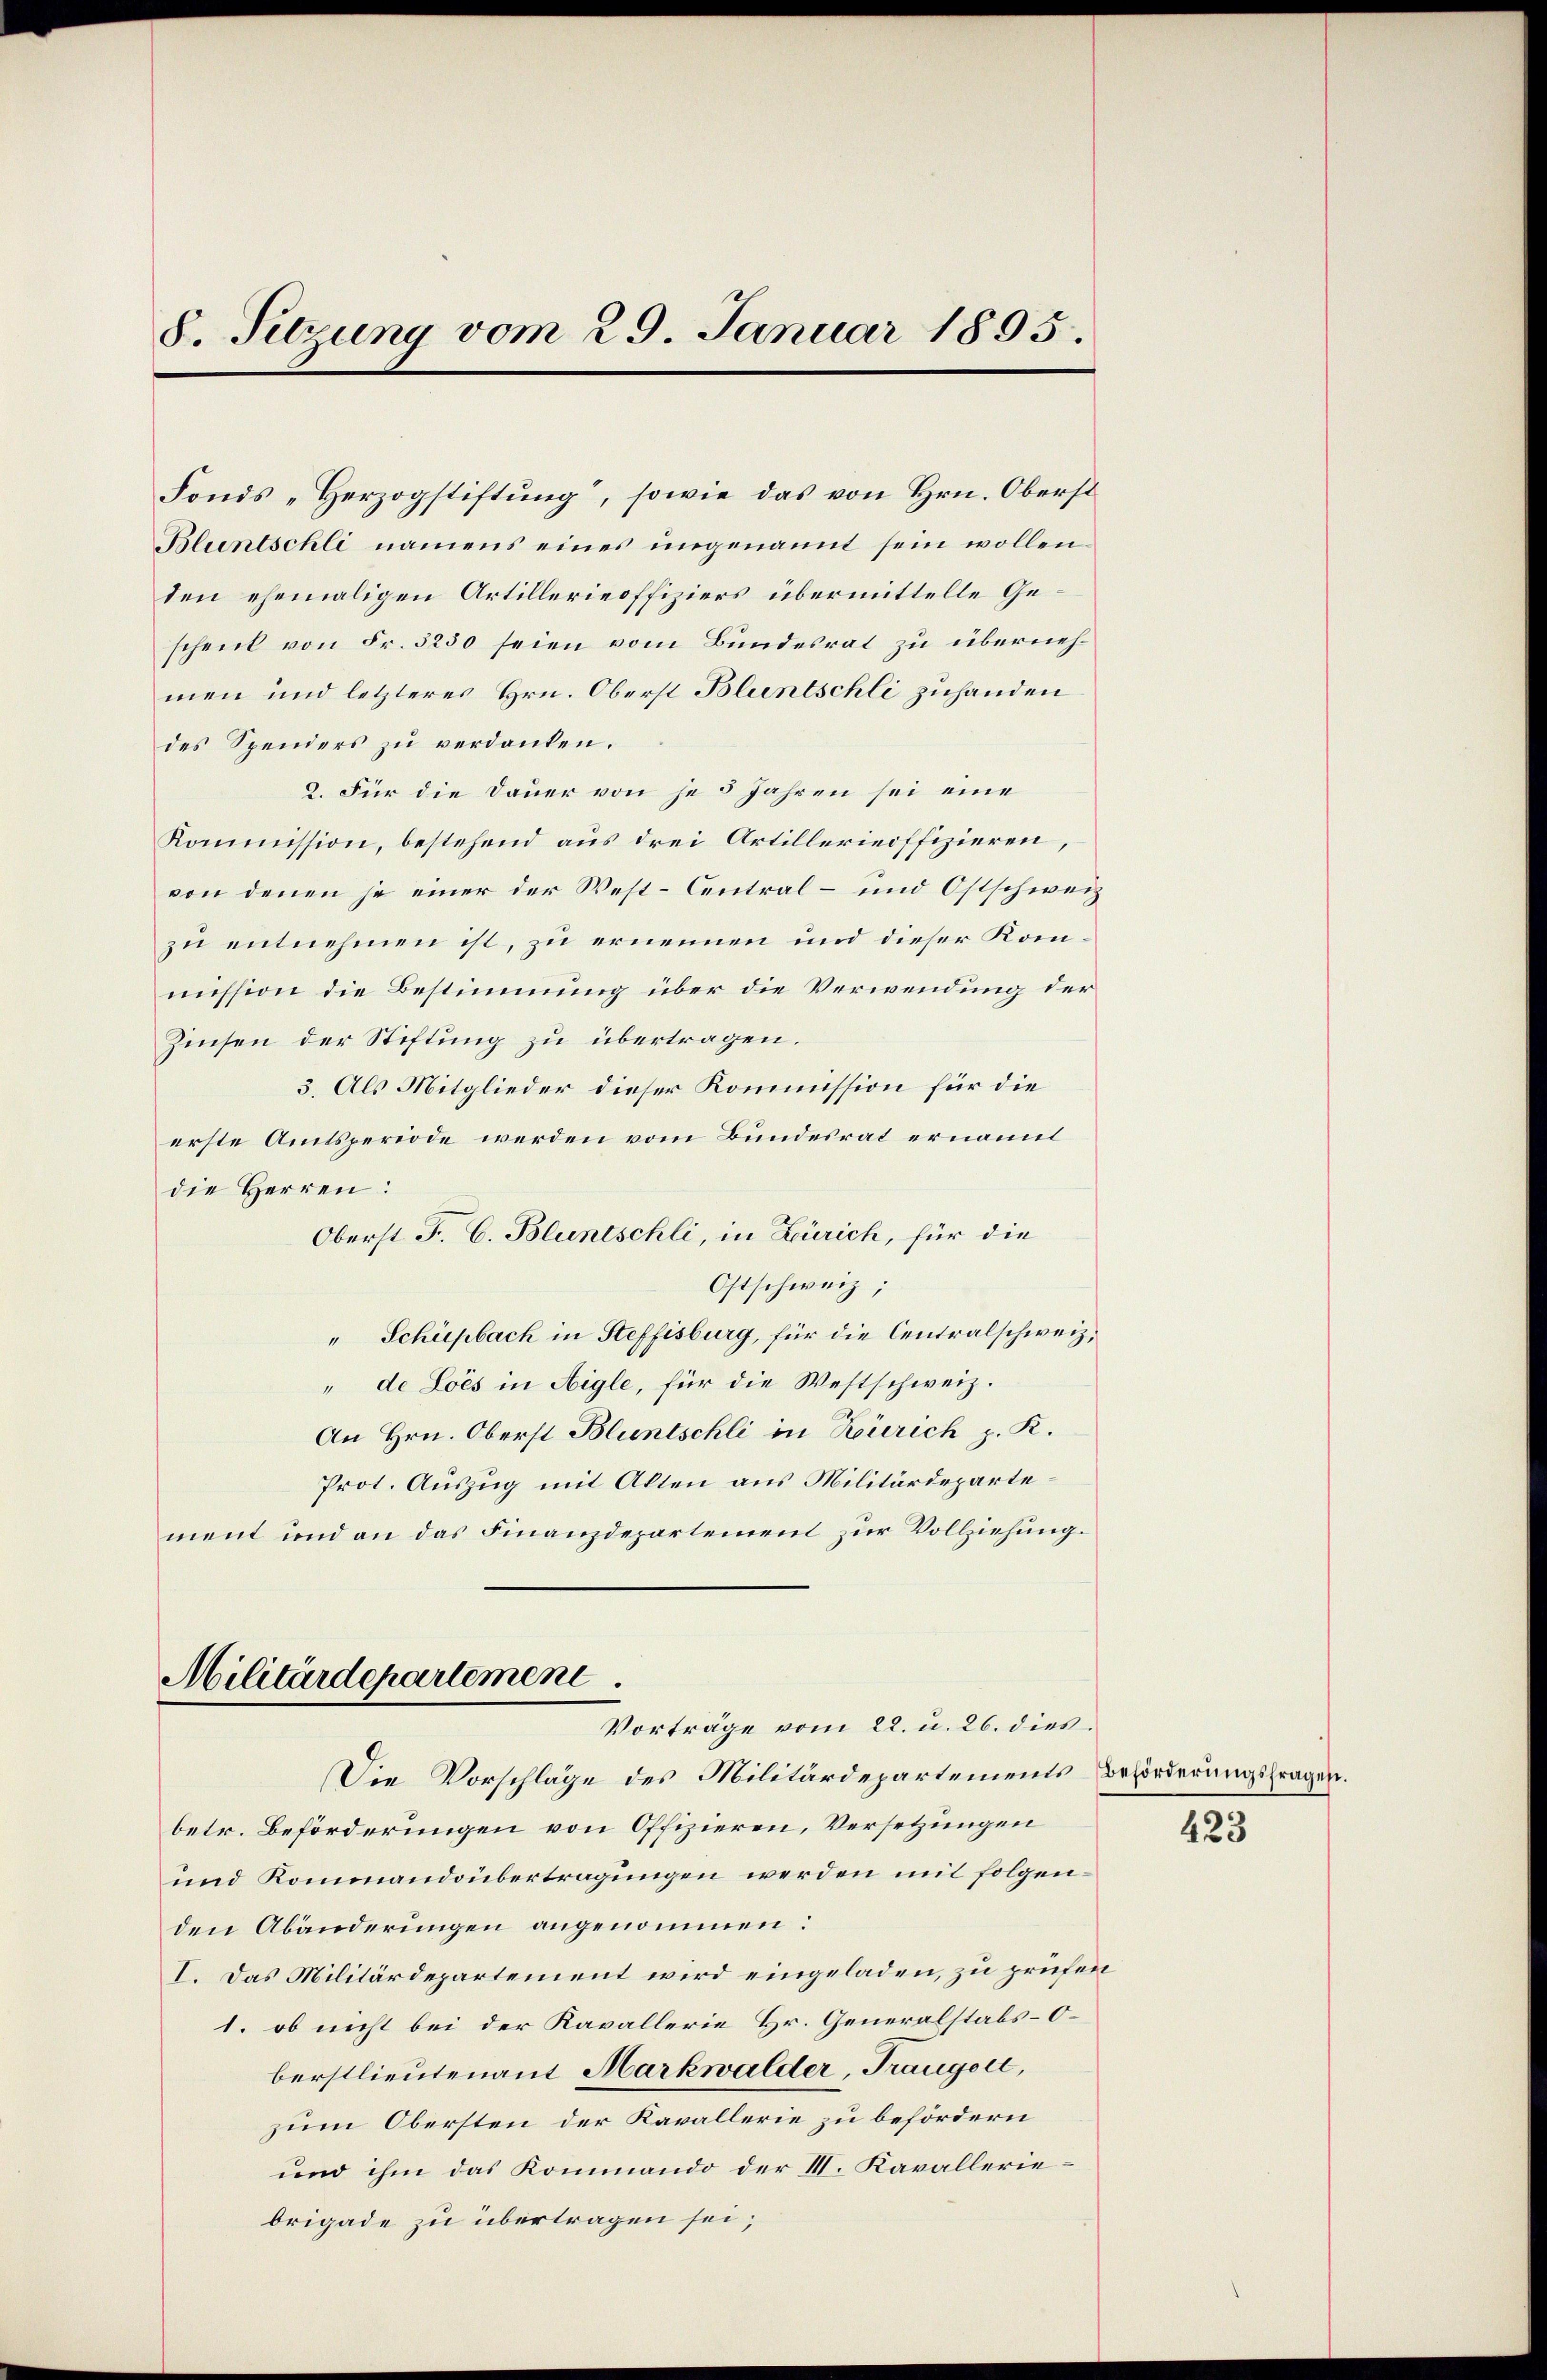
8. Sitzung vom 29. Januar 1895.

des Spenders zu verdanken.
2. Für die Dauer von je 5 Jahren sei eine
Kommission, bestehend aus drei Artillerieoffizieren,
von denen je einer der West-Central- und Ostschweiz
zu entnehmen ist, zu ernennen und dieser Kommission die Bestimmung über die Verwendung der
Zinsen der Stiftung zu übertragen.
3. Als Mitglieder dieser Kommission für die
erste Amtsperiode werden vom Bundesrat ernannt
die Herren:
Oberst F. C. Bluntschli, in Zürich, für die
Ostschweiz;
Schüepbach in Steffisburg, für die Centralschweiz.
" de Lois in Aigle, für die Westschweiz.
An Hrn. Oberst Bluntschli in Zürich z. K.
Prot. Auszug mit Alten aus Militärdepartement und an das Finanzdepartement zur Vollziehung.
Militärdepartement
Vorträge vom 22. u. 26. dies
Die Vorschläge des Militärdepartements Beförderungsfragen.
betr. Beförderungen von Offizieren, Versetzungen
und Kommandoübertragungen werden mit folgenden Abänderungen angenommen:
I. Das Militärdepartement wird eingeladen, zu prüfen
1. ob nicht bei der Kavallerie Hr. Generalstabs-Oberstlieutenant Markwalder, Traugert,
zum Obersten der Kavallerie zu befördern
und ihm das Kommando der III. Kavalleriebrigade zu übertragen sei;

Fonds - Herzogstiftung, sowie das von Hrn. Oberst
Bluntschli namens eines ungenannt sein wollen.
den ehemaligen Artillerieoffiziers übermittelle Geschenk von Fr. 3230 seien vom Bundesrat zu übernehmen und letzteres Hrn. Oberst Bluntschli zuhanden

423